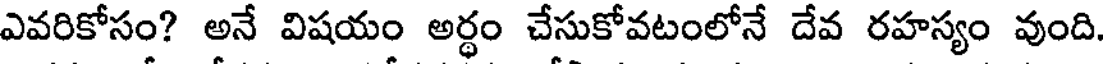
ఎవరికోసం? అనే విషయం అర్థం చేసుకోవటంలోనే దేవ రహస్యం వుంది